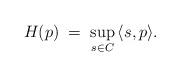
LaTeX: \begin{align*}H(p)\;=\; \sup_{ s \in C}\, \langle s, p \rangle.\end{align*}